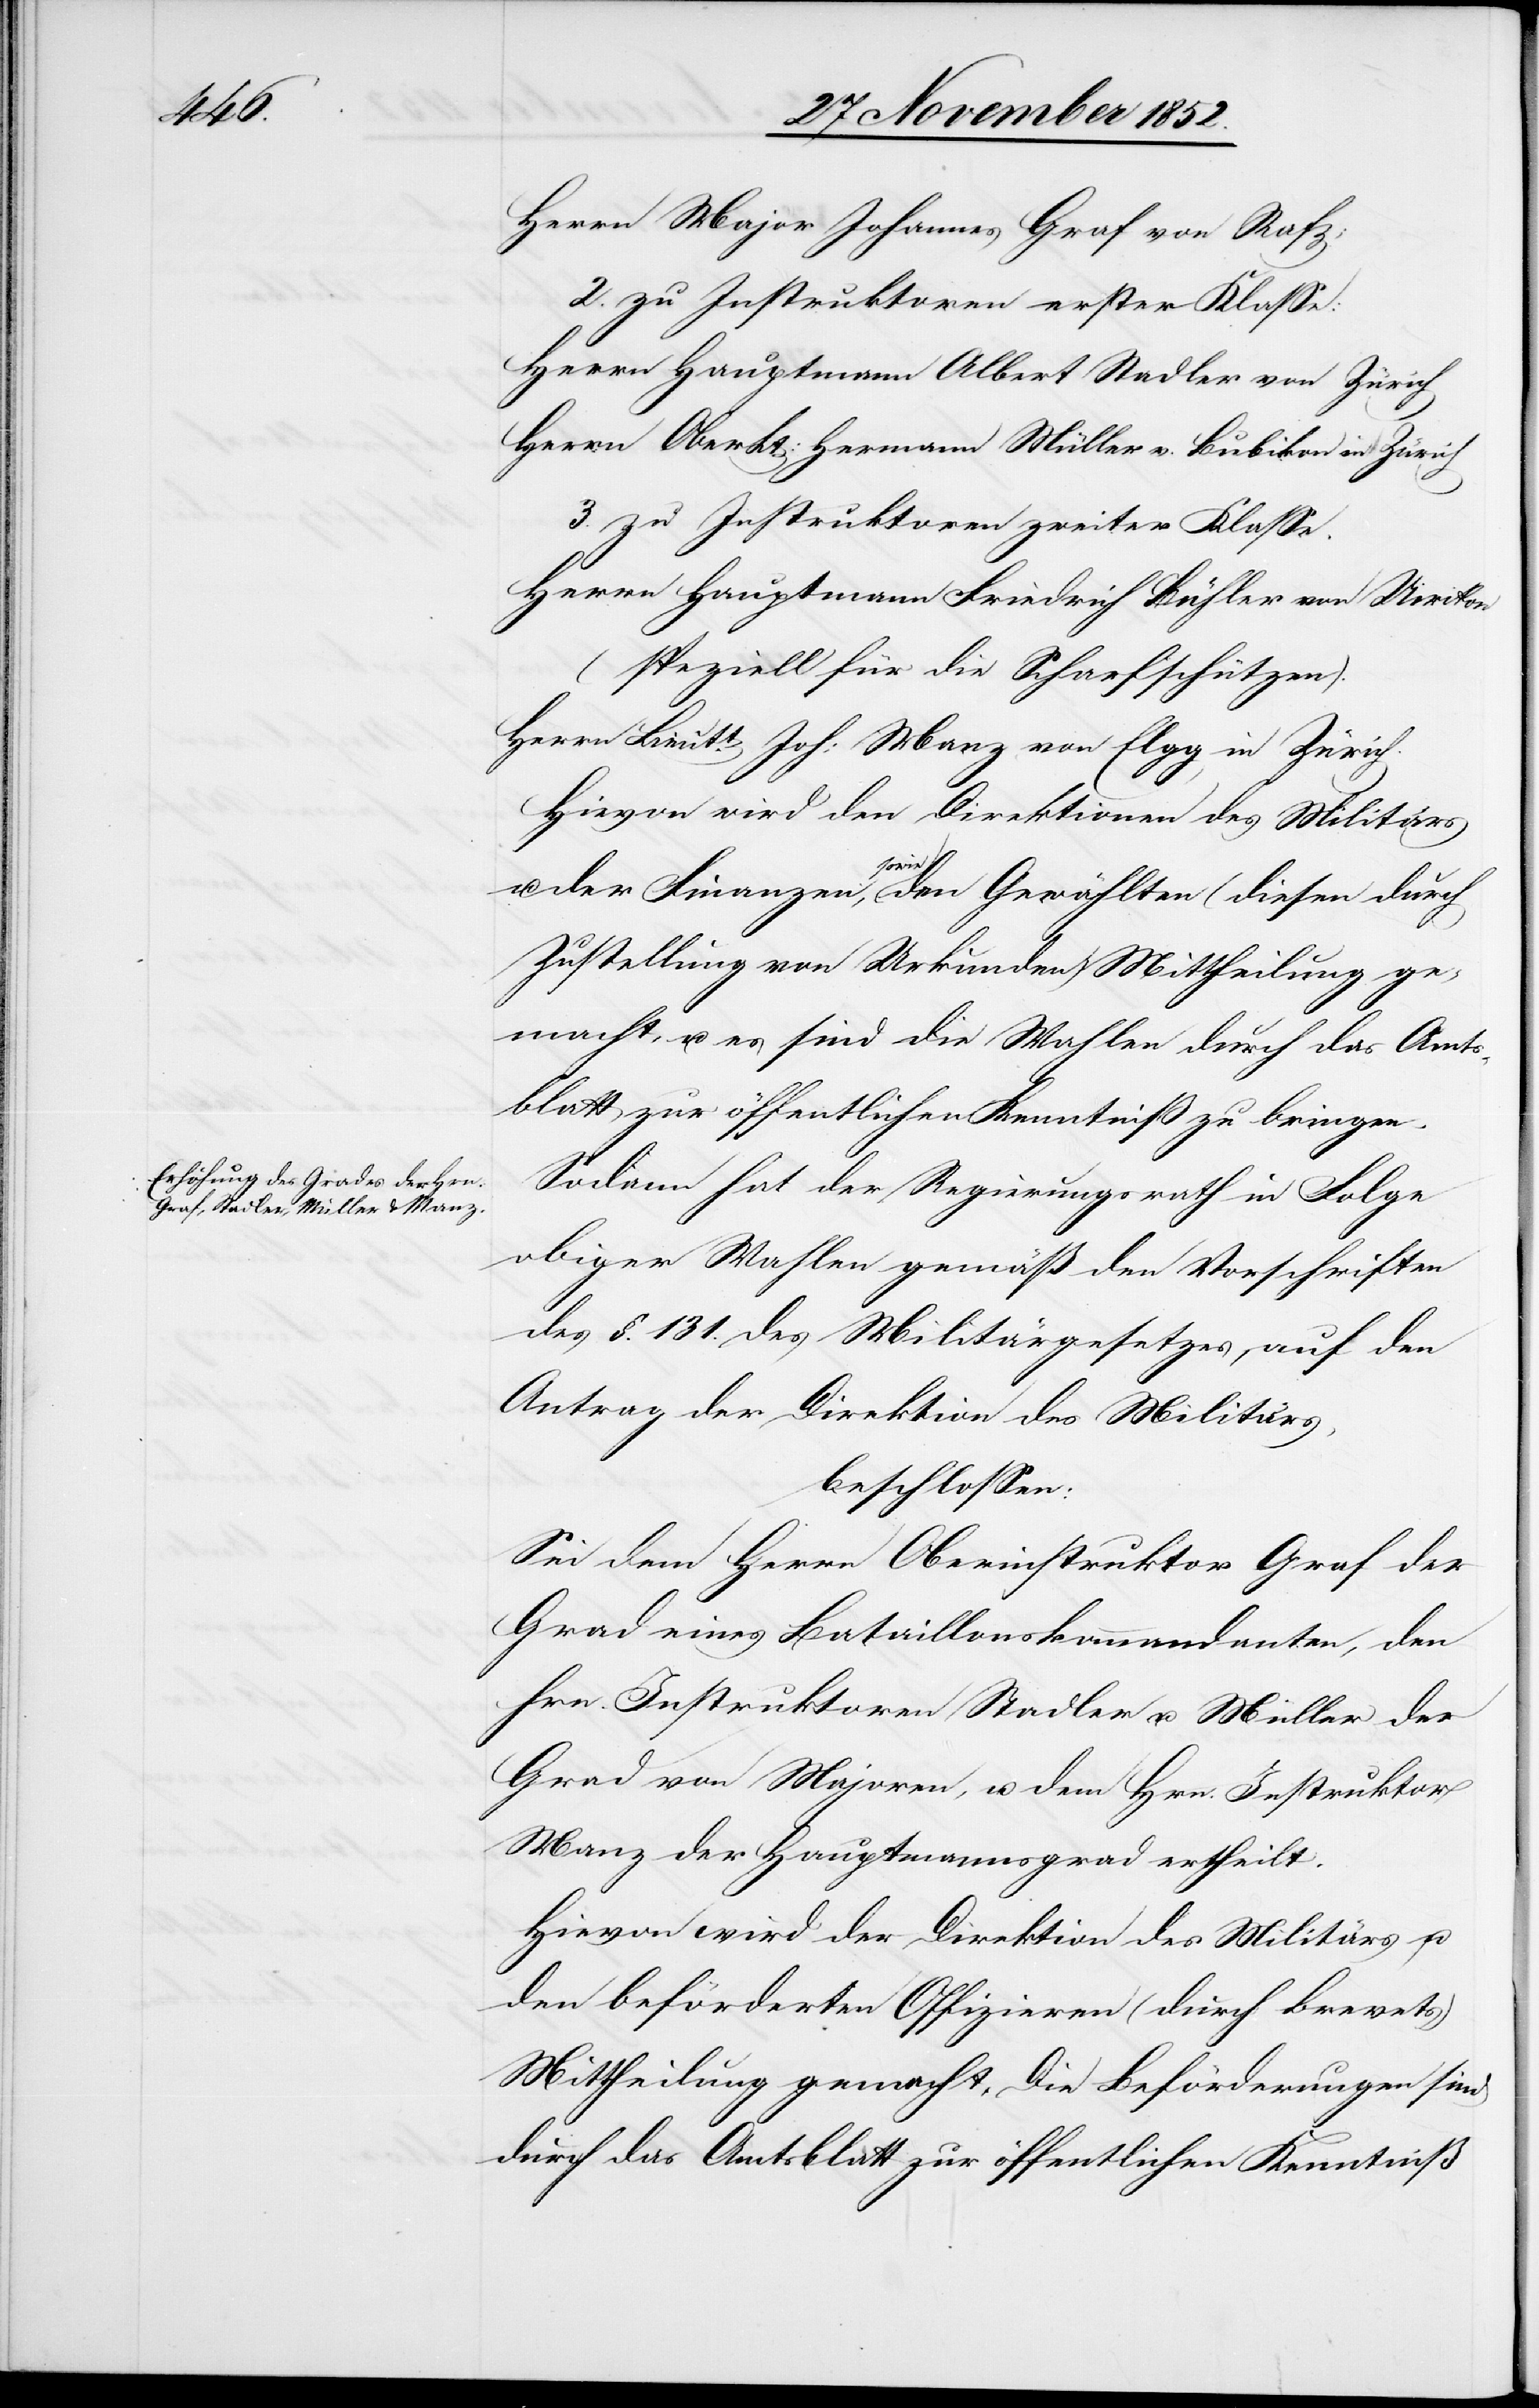
Herrn Major Johannes Graf von Rafz;
2. zu Instruktoren erster Klasse:
Herrn Hauptmann Albert Stadler von Zürich
Herrn Ober Lt: Hermann Müller v. Bubikon in Zürich
zu Instruktoren zweiter Klasse.
Herrn Hauptmann Friedrich Bühler von Uirikon
(speziell für die Scharfschützen).
Herrn Lieutt. Joh: Manz von Elgg in Zürich.
Hievon wird den Direktionen des Militärs
u. der Finanzen, sowie den Gewählten (diesen durch
Zustellung von Urkunden) Mittheilung ge¬
macht, u. es sind die Wahlen durch das Amts¬
blatt zur öffentlichen Kenntniß zu bringen.
Sodann hat der Regierungsrath in Folge
obiger Wahlen gemäß den Vorschriften
des §. 131. des Militärgesetzes, auf den
Antrag der Direktion des Militärs,
beschlossen:
Sei dem Herrn Oberinstruktor Graf der
Grad eines Bataillonskommandanten, den
Hrn. Instruktoren Stadler u. Müller der
Grad von Majoren, u. dem Hrn. Instruktor
Manz der Hauptmannsgrad ertheilt.
Hievon wird der Direktion des Militärs u.
den beförderten Offizieren (durch Brevets)
Mittheilung gemacht. Die Beförderungen sind
durch das Amtsblatt zur öffentlichen Kenntniß